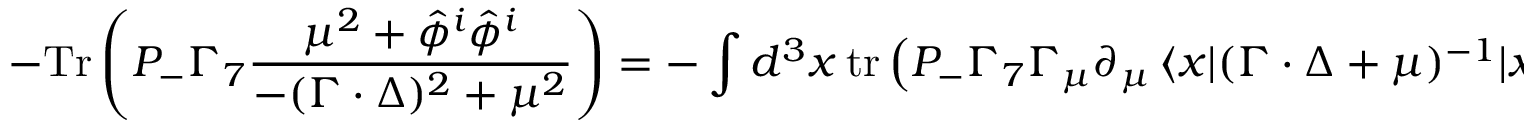
- \mathrm { T r } \left( P _ { - } \Gamma _ { 7 } \frac { \mu ^ { 2 } + \hat { \phi } ^ { i } \hat { \phi } ^ { i } } { - ( \Gamma \cdot \Delta ) ^ { 2 } + \mu ^ { 2 } } \right) = - \int d ^ { 3 } x \ \mathrm { t r } \left( P _ { - } \Gamma _ { 7 } \Gamma _ { \mu } { \partial } _ { \mu } \, \langle x | ( \Gamma \cdot \Delta + \mu ) ^ { - 1 } | x \rangle \right)